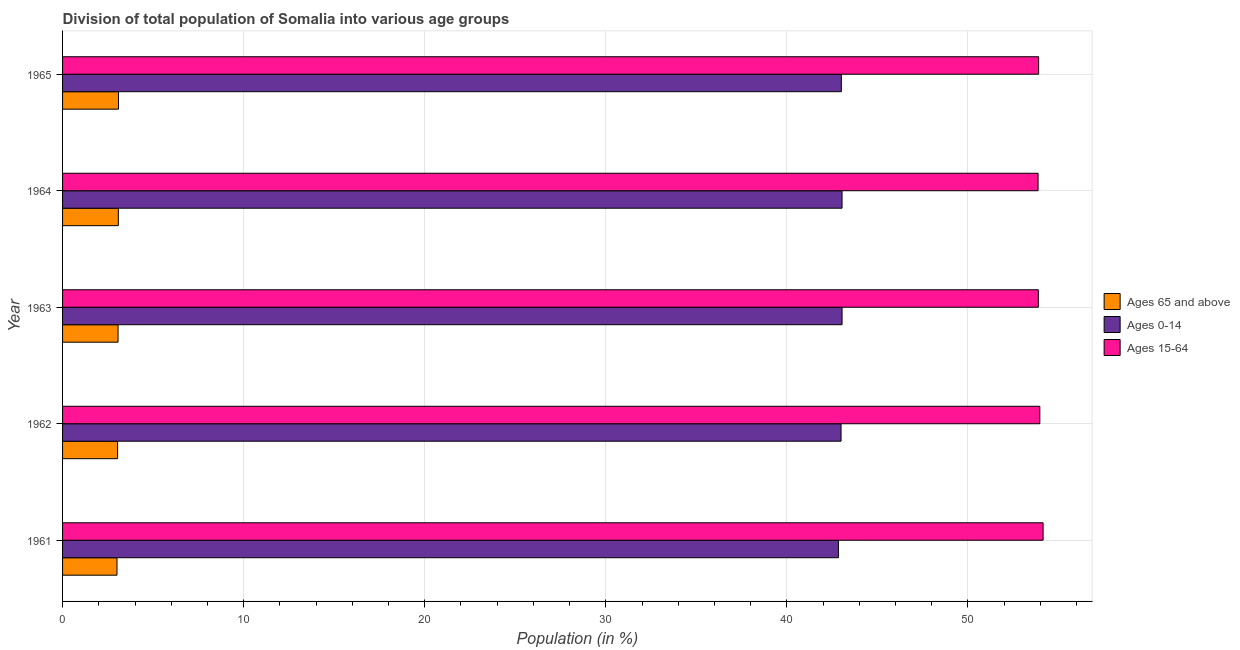
| Year | Ages 65 and above | Ages 0-14 | Ages 15-64 |
 | --- | --- | --- | --- |
 | 1961 | 3.01 | 42.8 | 54.1 |
 | 1962 | 3.04 | 43 | 54 |
 | 1963 | 3.06 | 43 | 53.9 |
 | 1964 | 3.08 | 43 | 53.9 |
 | 1965 | 3.09 | 43 | 53.9 |